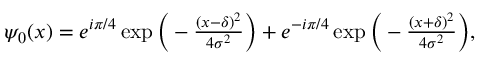
\begin{array} { r } { \psi _ { 0 } ( x ) = e ^ { i \pi / 4 } \exp \Big ( - \frac { ( x - \delta ) ^ { 2 } } { 4 \sigma ^ { 2 } } \Big ) + e ^ { - i \pi / 4 } \exp \Big ( - \frac { ( x + \delta ) ^ { 2 } } { 4 \sigma ^ { 2 } } \Big ) , } \end{array}